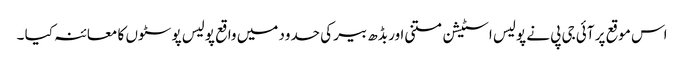
اس موقع پر آئی جی پی نے پولیس اسٹیشن متنی اور بڈھ بیر کی حدود میں واقع پولیس پوسٹوں کا معائنہ کیا ۔